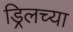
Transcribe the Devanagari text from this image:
ड्रिलच्या